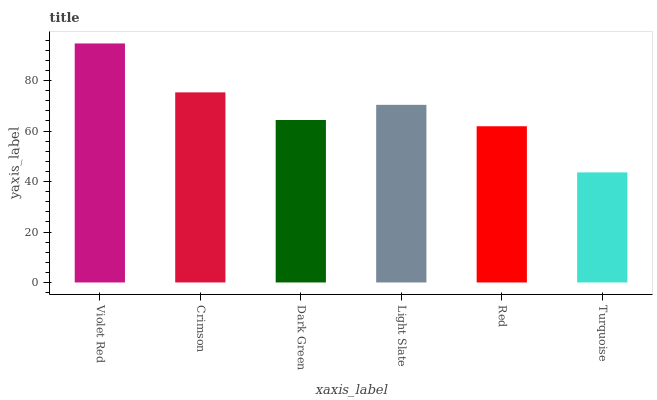
| xaxis_label | bars |
 | --- | --- |
 | Violet Red | 94.7 |
 | Crimson | 75.3 |
 | Dark Green | 64.4 |
 | Light Slate | 70.4 |
 | Red | 61.9 |
 | Turquoise | 43.6 |